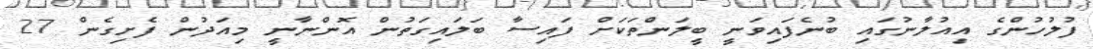
ފުލުހުންގެ އިއުލާނުގައި ބުނެފައިވަނީ ބީލަންތަކަށް ފައިސާ ބަލައިގަތުން އޮންނާނީ މިއަދުން ފެށިގެން 27